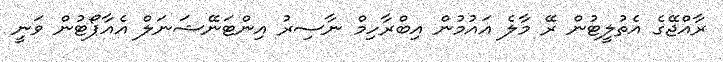
ރާއްޖޭގެ އެތުލީޓުން ރޭ މާލެ އައުމުން އިބްރާހިމް ނާސިރު އިންޓަނޭޝަނަލް އެއާޕޯޓުން ވަނީ